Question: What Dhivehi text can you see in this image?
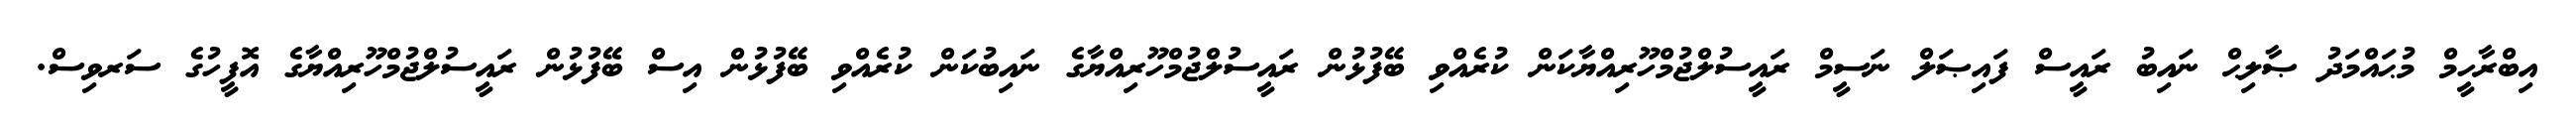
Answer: އިބްރާހީމް މުޙައްމަދު ޞާލިޙް ނައިބު ރައީސް ފައިޞަލް ނަސީމް ރައީސުލްޖުމްހޫރިއްޔާކަން ކުރެއްވި ބޭފުޅުން ރައީސުލްޖުމްހޫރިއްޔާގެ ނައިބުކަން ކުރެއްވި ބޭފުޅުން އިސް ބޭފުޅުން ރައީސުލްޖުމްހޫރިއްޔާގެ އޮފީހުގެ ސަރވިސް.